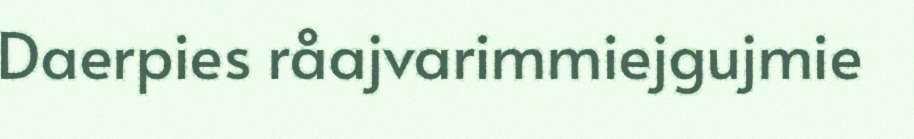
Daerpies råajvarimmiejgujmie